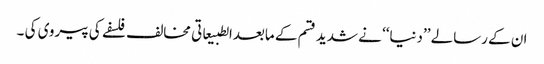
ان کے رسالے ’’دنیا‘‘ نے شدید قسم کے مابعدالطبیعاتی مخالف فلسفے کی پیروی کی ۔